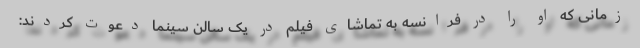
زمانی که او را در فرانسه به تماشای فیلم در یک سالن سینما دعوت کردند: